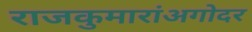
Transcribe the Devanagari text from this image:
राजकुमारांअगोदर